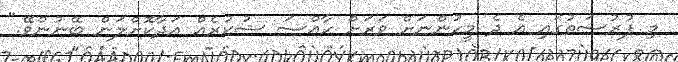
މި ފުރުސަތުގައި އެ ދެ މީހުންނަށް ވަރަށް ހާއްސަ ޝުކުރެއް އަދާކޮށްލަން ބޭނުންވޭ."